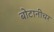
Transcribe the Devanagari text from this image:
बोटानीचर